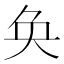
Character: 奂